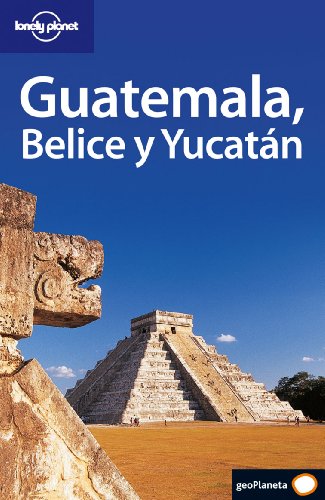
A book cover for Guatemala, Belice y Yucatan (Country Guide) (Spanish Edition); Conner Gorry; Travel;